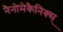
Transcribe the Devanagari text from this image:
नैनोमेकैनिक्स्